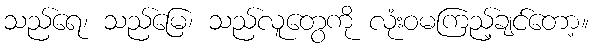
သည်ရေ၊ သည်မြေ၊ သည်လူတွေကို လုံးဝမကြည့်ချင်တော့။